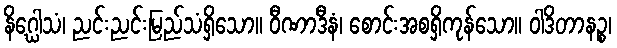
နိဂ္ဃေါသံ၊ ညင်းညင်းမြည်သံရှိသော။ ဝီဏာဒီနံ၊ စောင်းအစရှိကုန်သော။ ဝါဒိတာနဉ္စ၊